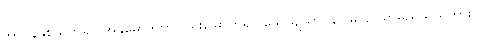
အလွန်နှစ်သက်၍။ အနုမောဒိတွာ၊ ဝမ်းမြောက်၍။ သေယျထာပိနာ မ၊ ဥပမာမည်သည်ကား။